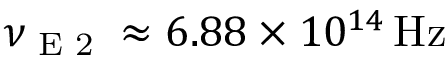
\nu _ { \textrm { E 2 } } \approx 6 . 8 8 \times 1 0 ^ { 1 4 } \, \mathrm { H z }